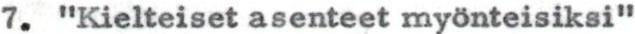
7. "Kielteiset asenteet myönteisiksi"